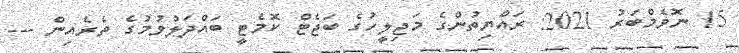
15 ނޮވެމްބަރު 2021: ރައްޔިތުންގެ މަޖިލީހުގެ ބަޖެޓް ކޮމެޓީ ބައްދަލުވުމުގެ ތެރެއިން ---